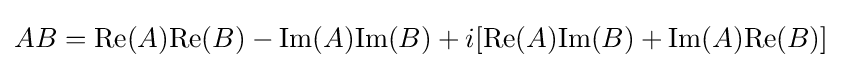
AB={\text{Re}}(A){\text{Re}}(B)-{\text{Im}}(A){\text{Im}}(B)+i[{\text{Re}}(A){\text{Im}}(B)+{\text{Im}}(A){\text{Re}}(B)]